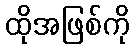
ထိုအဖြစ်ကို